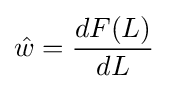
{\hat {w}}={\frac {dF(L)}{dL}}\quad